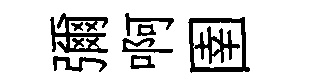
彌啊圉